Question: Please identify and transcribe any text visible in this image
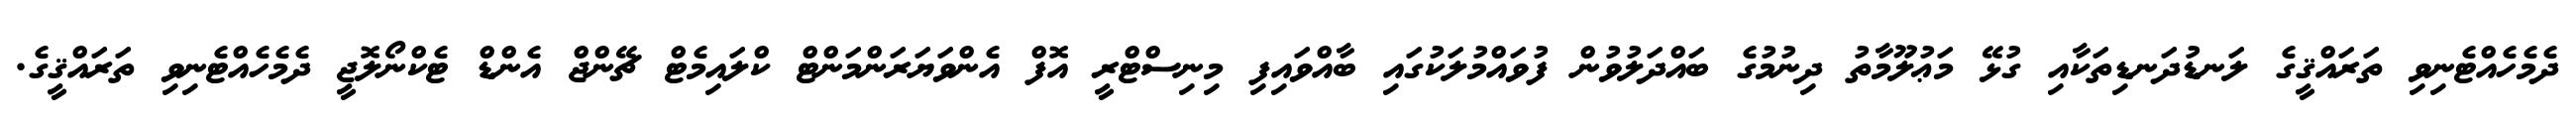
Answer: ދެމެހެއްޓެނިވި ތަރައްޤީގެ ލަނޑުދަނޑިތަކާއި ގުޅޭ މަޢުލޫމާތު ދިނުމުގެ ބައްދަލުވުން ފުވައްމުލަކުގައި ބާއްވައިފި މިނިސްޓްރީ އޮފް އެންވަޔަރަންމަންޓް ކްލައިމެޓް ޗޭންޖް އެންޑް ޓެކްނޯލޮޖީ ދެމެހެއްޓެނިވި ތަރައްޤީގެ.